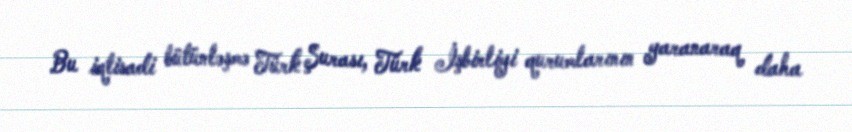
Bu iqtisadi bütünləşmə Türk Şurası, Türk İşbirliyi qurumlarının yaranaraq daha